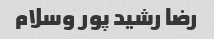
رضا رشید پور وسلام